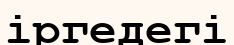
іргедегі